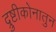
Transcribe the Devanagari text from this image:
द्रुष्टीकोनातुन